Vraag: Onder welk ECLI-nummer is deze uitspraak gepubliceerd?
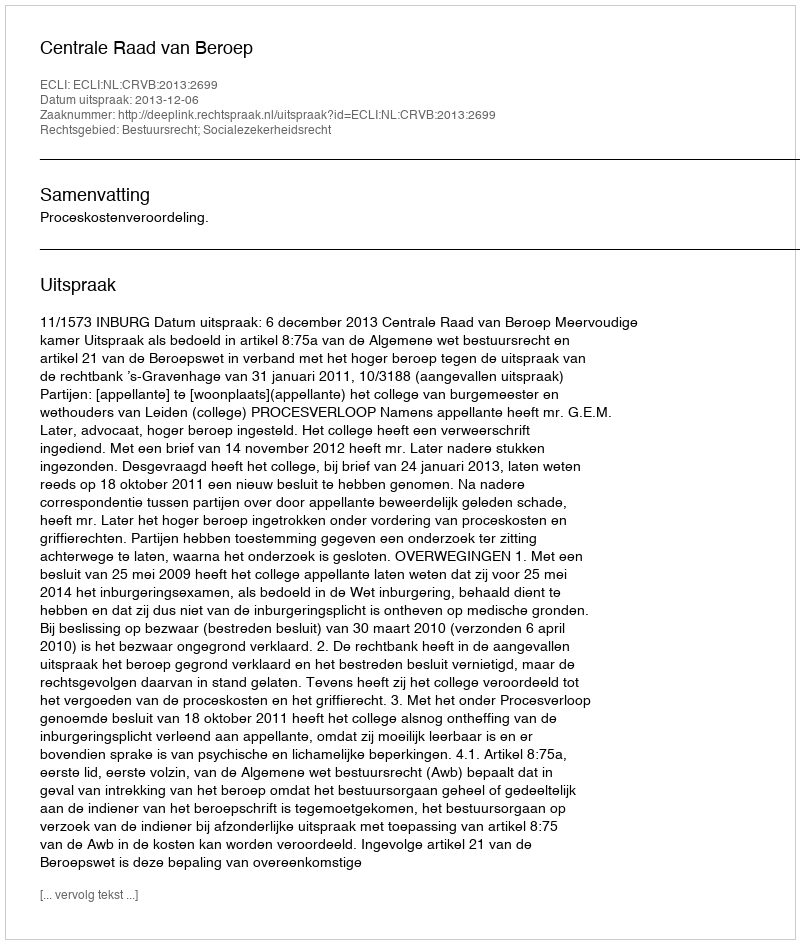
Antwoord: ECLI:NL:CRVB:2013:2699